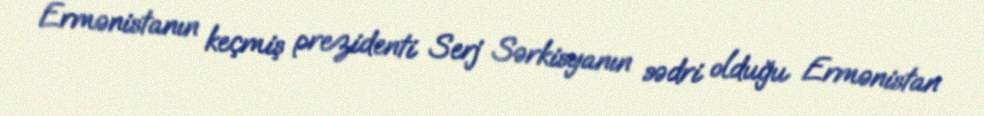
Ermənistanın keçmiş prezidenti Serj Sərkisyanın sədri olduğu Ermənistan